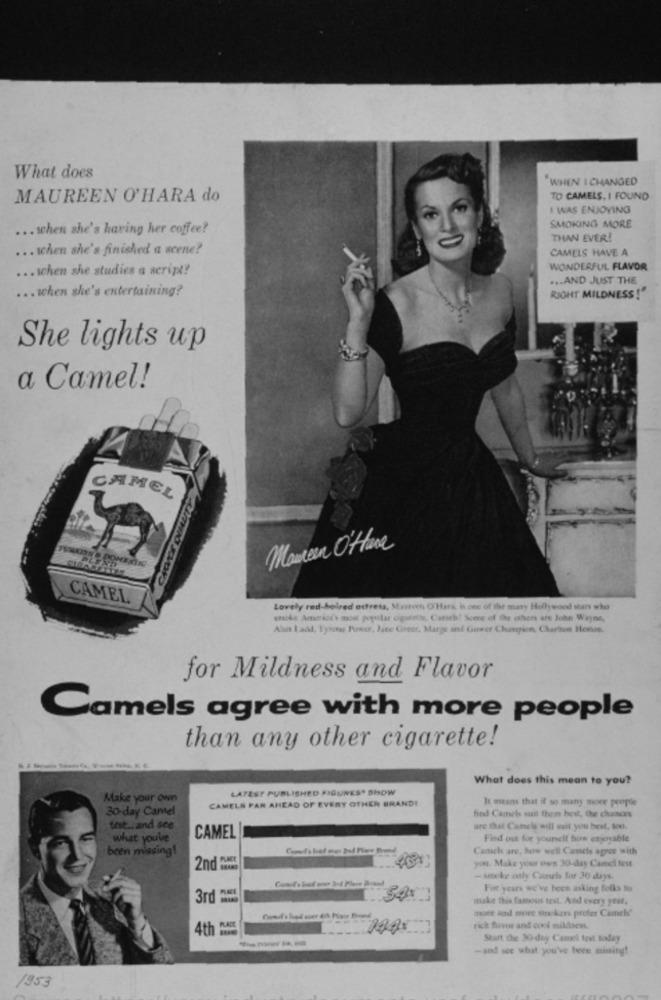
What does
WHEN I CHANGED
MAUREEN O'HARA do
TO CAMELS, I FOUND
I WAS ENJOYING
... when she's having her coffee?
SMOKING MORE
THAN EVER!
... when she's finished a scene?
CAMELS HAVE A
... when she studies a script?
WONDERFUL FLAVOR
... AND JUST THE
... when she's entertaining?
RIGHT MILDNESS!"
She lights up
a Camel!
CAMEL
Maureen O'Hare
CAMEL
Lovely red-kelred actress, Mastem O'Hara, is one of the maty Hollywood stars who
woke Amorion's mos pepilar cigarette, Catch! Some of the others are John Wayne,
Alun I add, Tyrota Twor, Jate Creer, Marge and Gower Champion, Charbon Honos.
for Mildness and Flavor
Camels agree with more people
than any other cigarette!
What does this mean to you?
LATEST PUBLISHED FIGURES* SHOW
Make your own
CAMELS FAR AHEAD OF EVERY OTHER BRANDI
30 day Camel
find Camels sunt then best, the chances
It means that if so many more people
teit .. and see
are that Canels will wait you best, too.
what you've
CAMEL
Find out for yourself how enjoyable
been missing!
Camch are, how well Canichs agree with
you. Make your own 30-day Candi test
2nd -
- sooke valy Comels for 30 days.
Fot years we've been asking folks to
3rd *
make this famous test. And every year,
more and more sinokers prefer Cameli'
4th -
-----
rich firvor and cool mildaest.
Start the 30-day Camel test today
-and see what you've been missing!
1953